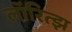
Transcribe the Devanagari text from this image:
लॉरित्झ